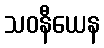
သဝနီယေန